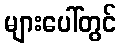
များပေါ်တွင်